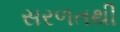
સરળતથી